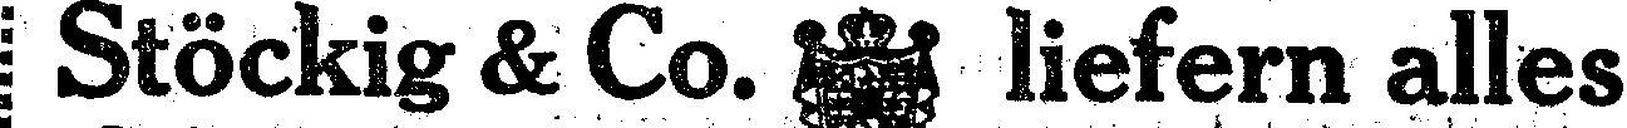
Stöckig & Co. liefern alles